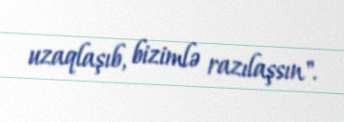
uzaqlaşıb, bizimlə razılaşsın".